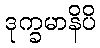
ဒုက္ခမာနိပိ